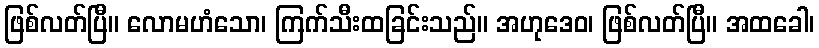
ဖြစ်လတ်ပြီ။ လောမဟံသော၊ ကြက်သီးထခြင်းသည်။ အဟုဒေဝ၊ ဖြစ်လတ်ပြီ။ အထခေါ၊